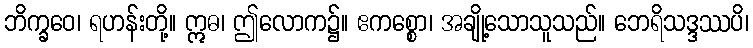
ဘိက္ခဝေ၊ ရဟန်းတို့။ ဣဓ၊ ဤလောက၌။ ဧကစ္စော၊ အချို့သောသူသည်။ ဘေရိသဒ္ဒဿပိ၊